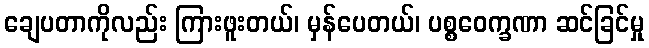
ချေပတာကိုလည်း ကြားဖူးတယ်၊ မှန်ပေတယ်၊ ပစ္စဝေက္ခဏာ ဆင်ခြင်မှု